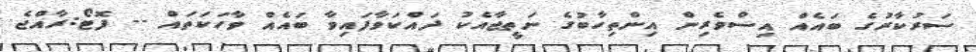
ސަރުކާރުގެ ބައެއް އިސްވެރިން އިންތިހާބުގެ ނަތީޖާއެކު ދައްކަވާފައިވާ ބައެއް ވާހަކަތައް -- ފޮޓޯ:ރާއްޖެ